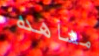
مشاهده